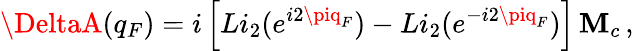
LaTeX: \DeltaA(q_{F})=i\left[Li_{2}(e^{i2\piq_{F}})-Li_{2}(e^{-i2\piq_{F}})\right]\, \mathbf{M}_{c}\, ,